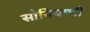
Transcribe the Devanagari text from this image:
सोनियाची